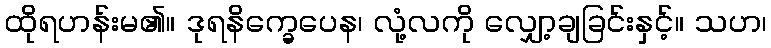
ထိုရဟန်းမ၏။ ဒုရနိက္ခေပေန၊ လုံ့လကို လျှော့ချခြင်းနှင့်။ သဟ၊